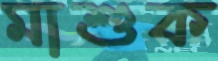
মাশুক